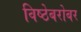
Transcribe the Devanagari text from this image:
विष्ठेबरोबर